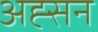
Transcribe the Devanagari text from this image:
अह्सन